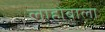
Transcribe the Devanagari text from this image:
लाहोबाला